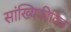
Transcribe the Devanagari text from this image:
सांख्यिकीविज्ञ